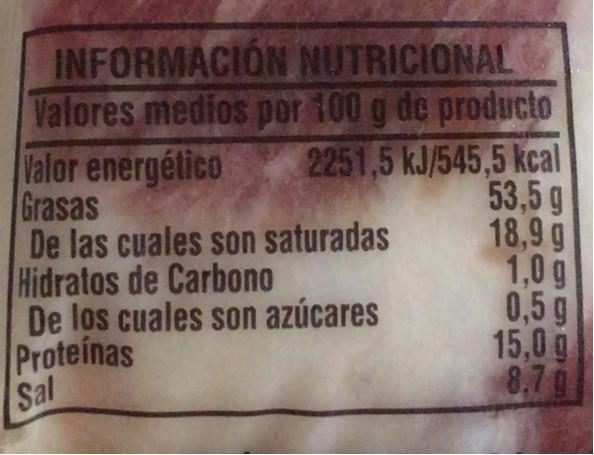
INFORMACIÓN NUTRICIONAL Valores medios por 100 g de producto Valor energético Grasas De las cuales son saturadas Hidratos de Carbono De los cuales son azúcares Proteinas Sal
2251,5 kJ/545,5 kcal 53,5 g 18,9 g 1,0 g 0,5g 15,0 g 8.70